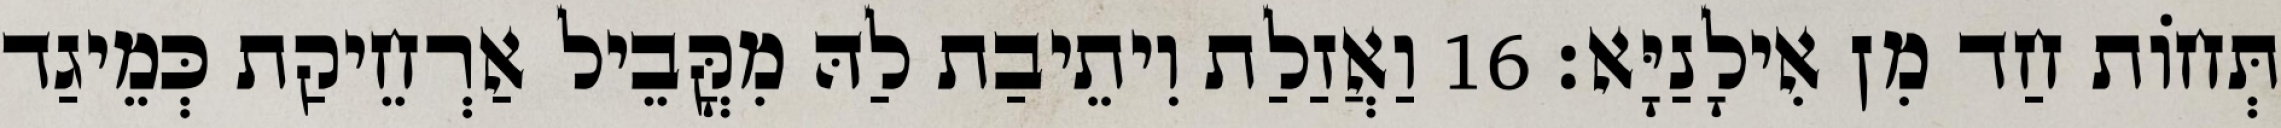
תְּחוֹת חַד מִן אִילָנַיָּא׃ 16 וַאֲזַלַת וִיתֵיבַת לַהּ מִקֳּבֵיל אַרְחֵיקַת כְּמֵיגַד